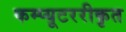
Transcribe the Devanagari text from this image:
कम्प्यूटररीकृत